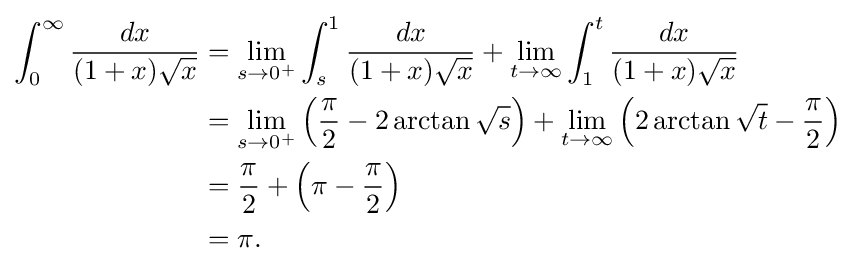
{\begin{aligned}\int _{0}^{\infty }{\frac {dx}{(1+x){\sqrt {x}}}}&{}=\lim _{s\to 0^{+}}\int _{s}^{1}{\frac {dx}{(1+x){\sqrt {x}}}}+\lim _{t\to \infty }\int _{1}^{t}{\frac {dx}{(1+x){\sqrt {x}}}}\\&{}=\lim _{s\to 0^{+}}\left({\frac {\pi }{2}}-2\arctan {\sqrt {s}}\right)+\lim _{t\to \infty }\left(2\arctan {\sqrt {t}}-{\frac {\pi }{2}}\right)\\&{}={\frac {\pi }{2}}+\left(\pi -{\frac {\pi }{2}}\right)\\&{}=\pi .\end{aligned}}